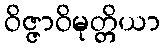
ဝိဇ္ဇာဝိမုတ္တိယာ